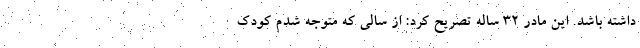
داشته باشد. این مادر ۳۲ ساله تصریح کرد: از سالی که متوجه شدم کودک